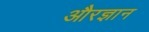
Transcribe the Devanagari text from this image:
औरज्ञान